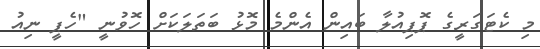
މި ކެޓަގަރީގެ ޕޮޕިއުލާ ބައިން އެންމެ މޮޅު ބަތަލަކަށް ހޮވުނީ "ހެޕީ ނިއު